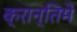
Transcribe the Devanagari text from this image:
क्रान्तिमे